system: You are a helpful assistant.
user:
Analyze the provided spectrum to determine if it is a **Carbon Star (C-type)**.

- **Key Visual Indicators of Carbon Star:**
    - **(Primary):** Strong molecular absorption from **C₂ (diatomic carbon) "Swan Bands."** This is the **defining feature** of a carbon star.
        - **(Key Bandheads):** Sharp absorption edges are visible at approximately $5635$ Å, $5165$ Å (the strongest band), and $4737$ Å.
        - **(Line Profile):** Creates a distinct **"saw-tooth"** pattern. The key morphology is a sharp, steep bandhead on the **red (long-wavelength) side**, which then gradually tapers off (i.e., flux recovers) towards the **blue (short-wavelength) side**. *(This is the direct opposite of the TiO bands seen in M-type stars)*.

    - **(Secondary):** Intense **CN (cyanogen)** molecular absorption bands.
        - **(Key Bandheads):** Located in the blue and violet regions of the spectrum (e.g., near $4215$ Å and $3883$ Å).
        - **(Morphology):** These bands are extremely broad and act as a "blanket," absorbing the vast majority of blue and violet light. This creates a characteristic **"cliff"** or **"steep drop-off"** in the spectrum's flux at short wavelengths.

    - **(Key Confirmation):** Strong **CH absorption band (G-band)**.
        - **(Key Bandhead):** Located around $4300$ Å. The contribution from CH molecules to this band is exceptionally strong.

    - **(Overall Spectrum):**
        - The continuum is severely "chopped up" by these deep molecular bands, especially C₂, rather than appearing as a smooth curve.
        - Due to the heavy CN and C₂ absorption in the blue-green, the vast majority of the star's flux is concentrated in the red part of the spectrum, giving the star its characteristic deep red color.

Think first, call **spectral_visualization_tool** if needed to examine features in detail, then provide your final answer. Your response must adhere to the following strict rules:
1.  **Overall Structure:** Your response must follow the format `<think>...</think> <tool_call>...</tool_call> (if a tool is used) <answer>...</answer>`.
2.  **Tool Usage Constraint:** You may only make **one** tool call per turn.
3.  **Final Answer Format:** In the `<answer>` tag, your conclusion must be inside a `\boxed{}` command (e.g., `\boxed{YES}`), followed by your justification.

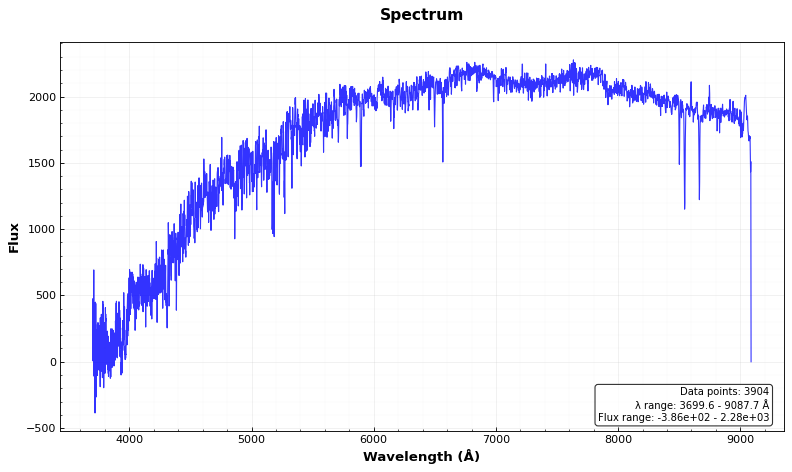
Answer: NO